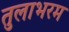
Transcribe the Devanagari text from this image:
तुलाभरम